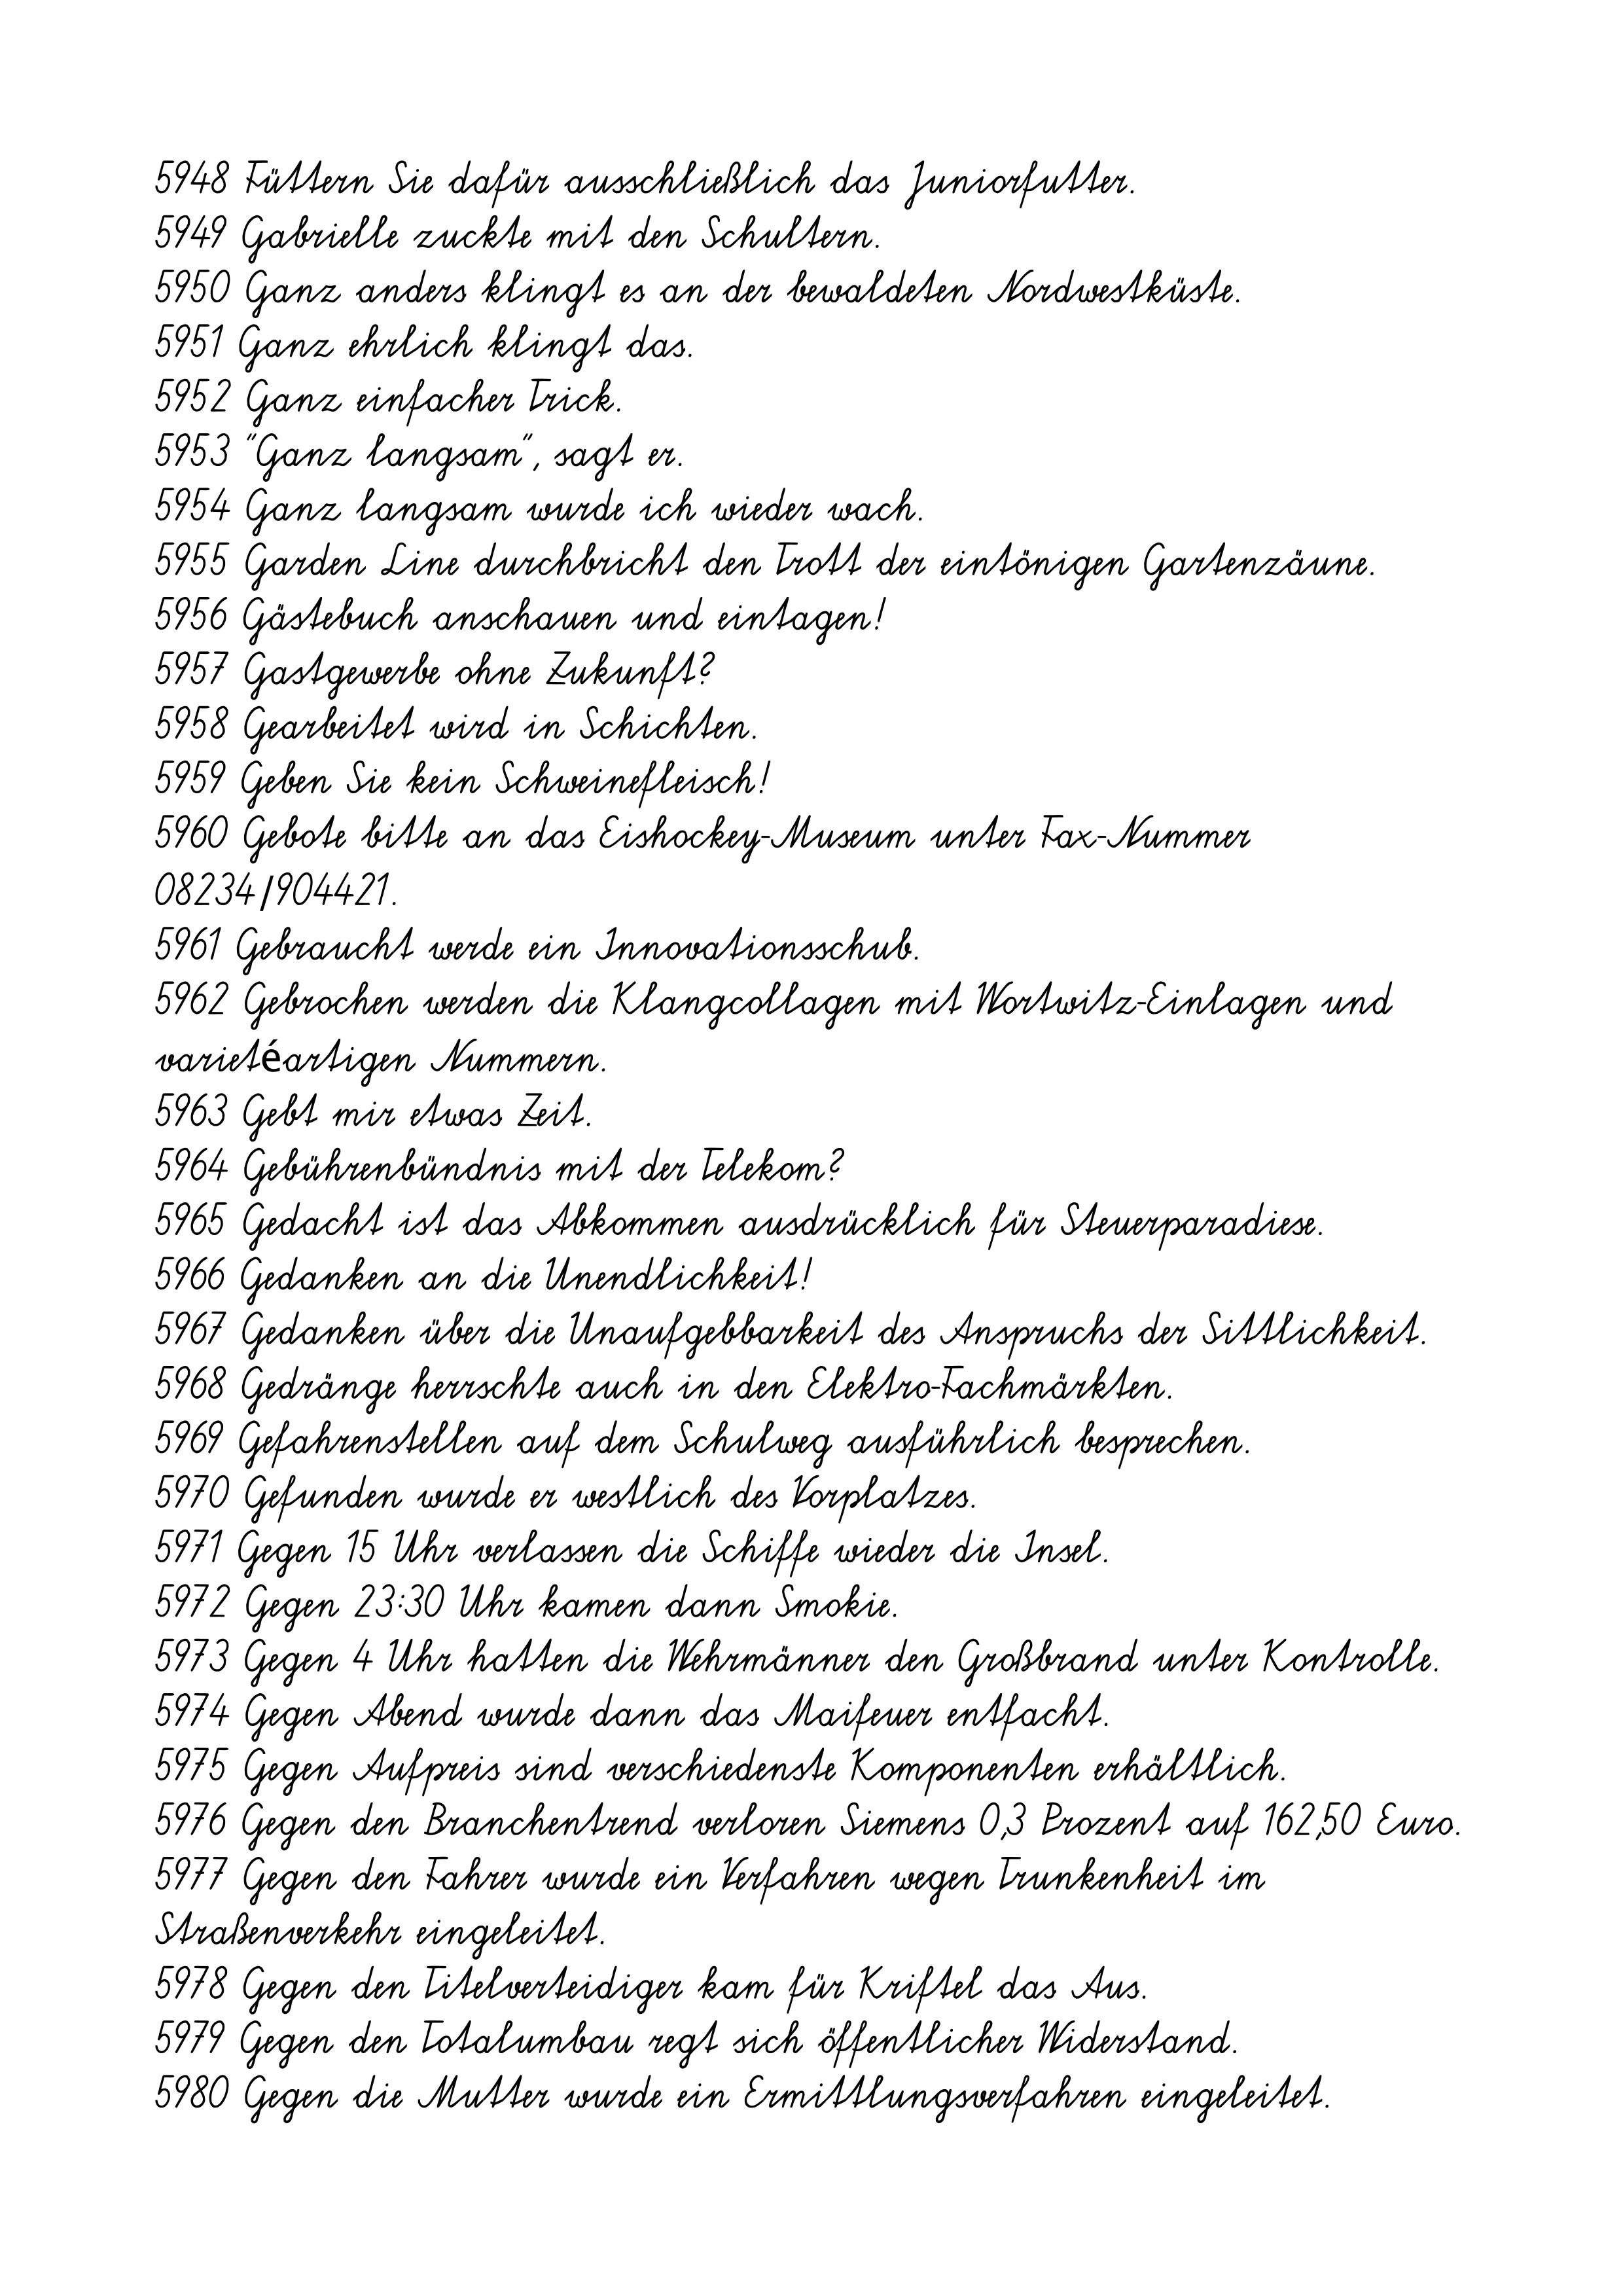
5948 Füttern Sie dafür ausschließlich das Juniorfutter.
5949 Gabrielle zuckte mit den Schultern.
5950 Ganz anders klingt es an der bewaldeten Nordwestküste.
5951 Ganz ehrlich klingt das.
5952 Ganz einfacher Trick.
5953 "Ganz langsam", sagt er.
5954 Ganz langsam wurde ich wieder wach.
5955 Garden Line durchbricht den Trott der eintönigen Gartenzäune.
5956 Gästebuch anschauen und eintagen!
5957 Gastgewerbe ohne Zukunft?
5958 Gearbeitet wird in Schichten.
5959 Geben Sie kein Schweinefleisch!
5960 Gebote bitte an das Eishockey-Museum unter Fax-Nummer
08234/904421.
5961 Gebraucht werde ein Innovationsschub.
5962 Gebrochen werden die Klangcollagen mit Wortwitz-Einlagen und
varietéartigen Nummern.
5963 Gebt mir etwas Zeit.
5964 Gebührenbündnis mit der Telekom?
5965 Gedacht ist das Abkommen ausdrücklich für Steuerparadiese.
5966 Gedanken an die Unendlichkeit!
5967 Gedanken über die Unaufgebbarkeit des Anspruchs der Sittlichkeit.
5968 Gedränge herrschte auch in den Elektro-Fachmärkten.
5969 Gefahrenstellen auf dem Schulweg ausführlich besprechen.
5970 Gefunden wurde er westlich des Vorplatzes.
5971 Gegen 15 Uhr verlassen die Schiffe wieder die Insel.
5972 Gegen 23:30 Uhr kamen dann Smokie.
5973 Gegen 4 Uhr hatten die Wehrmänner den Großbrand unter Kontrolle.
5974 Gegen Abend wurde dann das Maifeuer entfacht.
5975 Gegen Aufpreis sind verschiedenste Komponenten erhältlich.
5976 Gegen den Branchentrend verloren Siemens 0,3 Prozent auf 162,50 Euro.
5977 Gegen den Fahrer wurde ein Verfahren wegen Trunkenheit im
Straßenverkehr eingeleitet.
5978 Gegen den Titelverteidiger kam für Kriftel das Aus.
5979 Gegen den Totalumbau regt sich öffentlicher Widerstand.
5980 Gegen die Mutter wurde ein Ermittlungsverfahren eingeleitet.